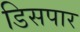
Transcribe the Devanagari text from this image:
डिसपार